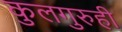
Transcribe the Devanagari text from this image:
कुलगुरुही